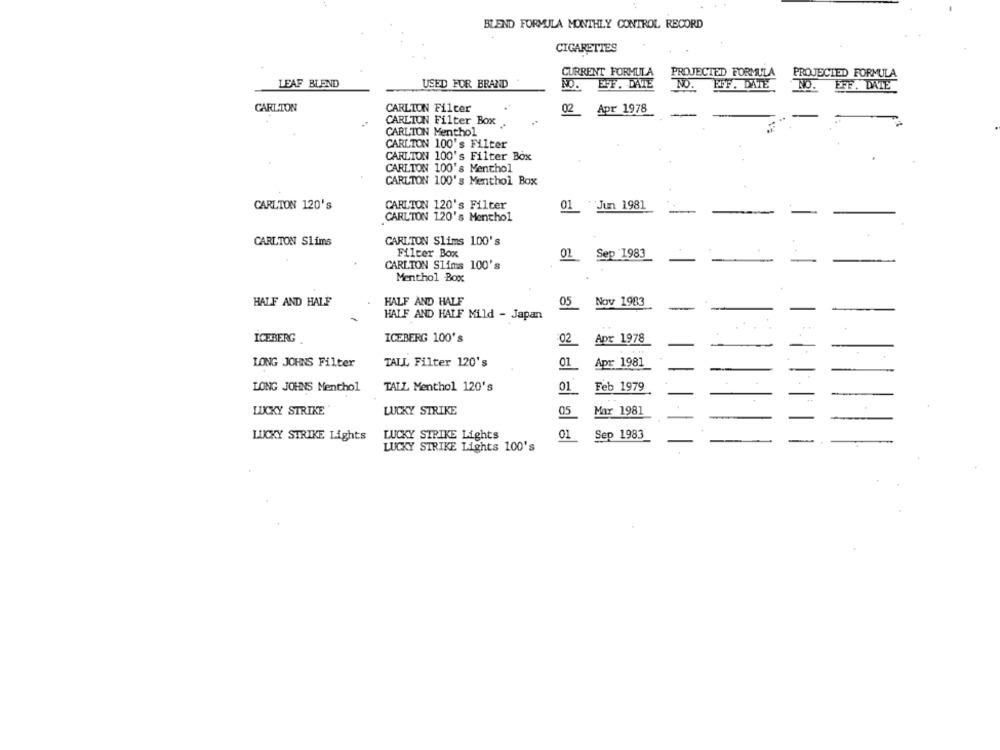
BLEND FORMULA MONTHLY CONTROL RECORD
CIGARETTES
CURRENT FORMULA
PROJECTED FORMULA PROJECTED FORMULA
LEAF BLEND
USED FOR BRAND
NO.
EFF, DAVE
NO
FFF. DATE
NO. EFF. DWIE
CARLTON
CARLTON Filter
02
Apr 1978
CARLTON Filter Box
CARLTON Menthol
CARLTON 100's Filter
CARLTON 100's Filter Box
CARLTON 100's Menthol
CARLTON 100's Menthol Box
CARLTON 120's
CARLTON 120's Filter
01 Jun 1981
CARLTON 120's Menthol
CARLTON Slims 100's
CARLTON Slims
Filter Box
O2
Sep 1983
CARLTON Slims 100's
Menthol Box
HALF AND HALF
Nov 1983
HALF AND HALF
05
HALF AND HALF Mild - Japan
ICEBERG
ICEBERG 100's
02
Apr 1978
LONG JOHNS Filter
TALL Filter 120's
01
Apr 1981
LONG JOHNS Menthol
TAIL Menthol 120's
01
Feb 1979
LUCKY STRIKE
LUCKY STRIKE
05
Mar 1981
LUCKY STRIKE Lights
01
Sep 1983
LUCKY STRIKE Lights
LUCKY STRIKE Lights 100's